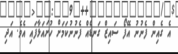
އެ ގެއިން ފެނުނު އޭފޯ ސައިޒް ގަނޑެއް ފެނުނުކަމަށް ހުށައަޅާފައި އެވެ. އަދި